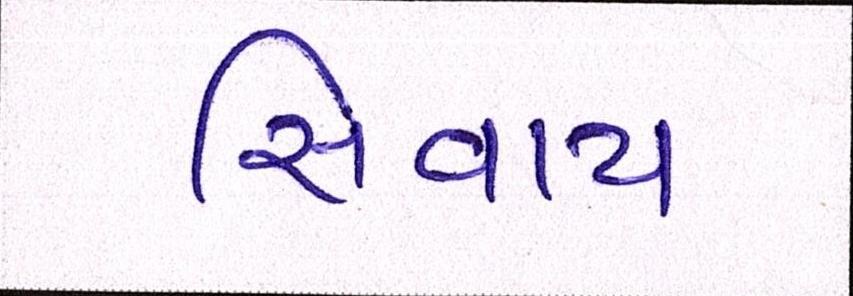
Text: સિવાય